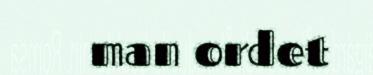
man ordet